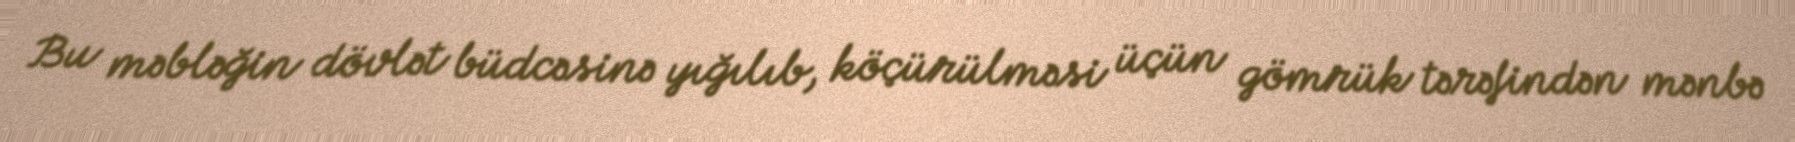
Bu məbləğin dövlət büdcəsinə yığılıb, köçürülməsi üçün gömrük tərəfindən mənbə